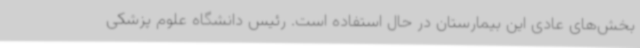
بخش‌های عادی این بیمارستان در حال استفاده است. رئیس دانشگاه علوم پزشکی